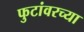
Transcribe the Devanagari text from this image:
फुटांवरच्या